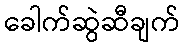
ခေါက်ဆွဲဆီချက်